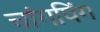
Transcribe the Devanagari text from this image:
चांगपिंग